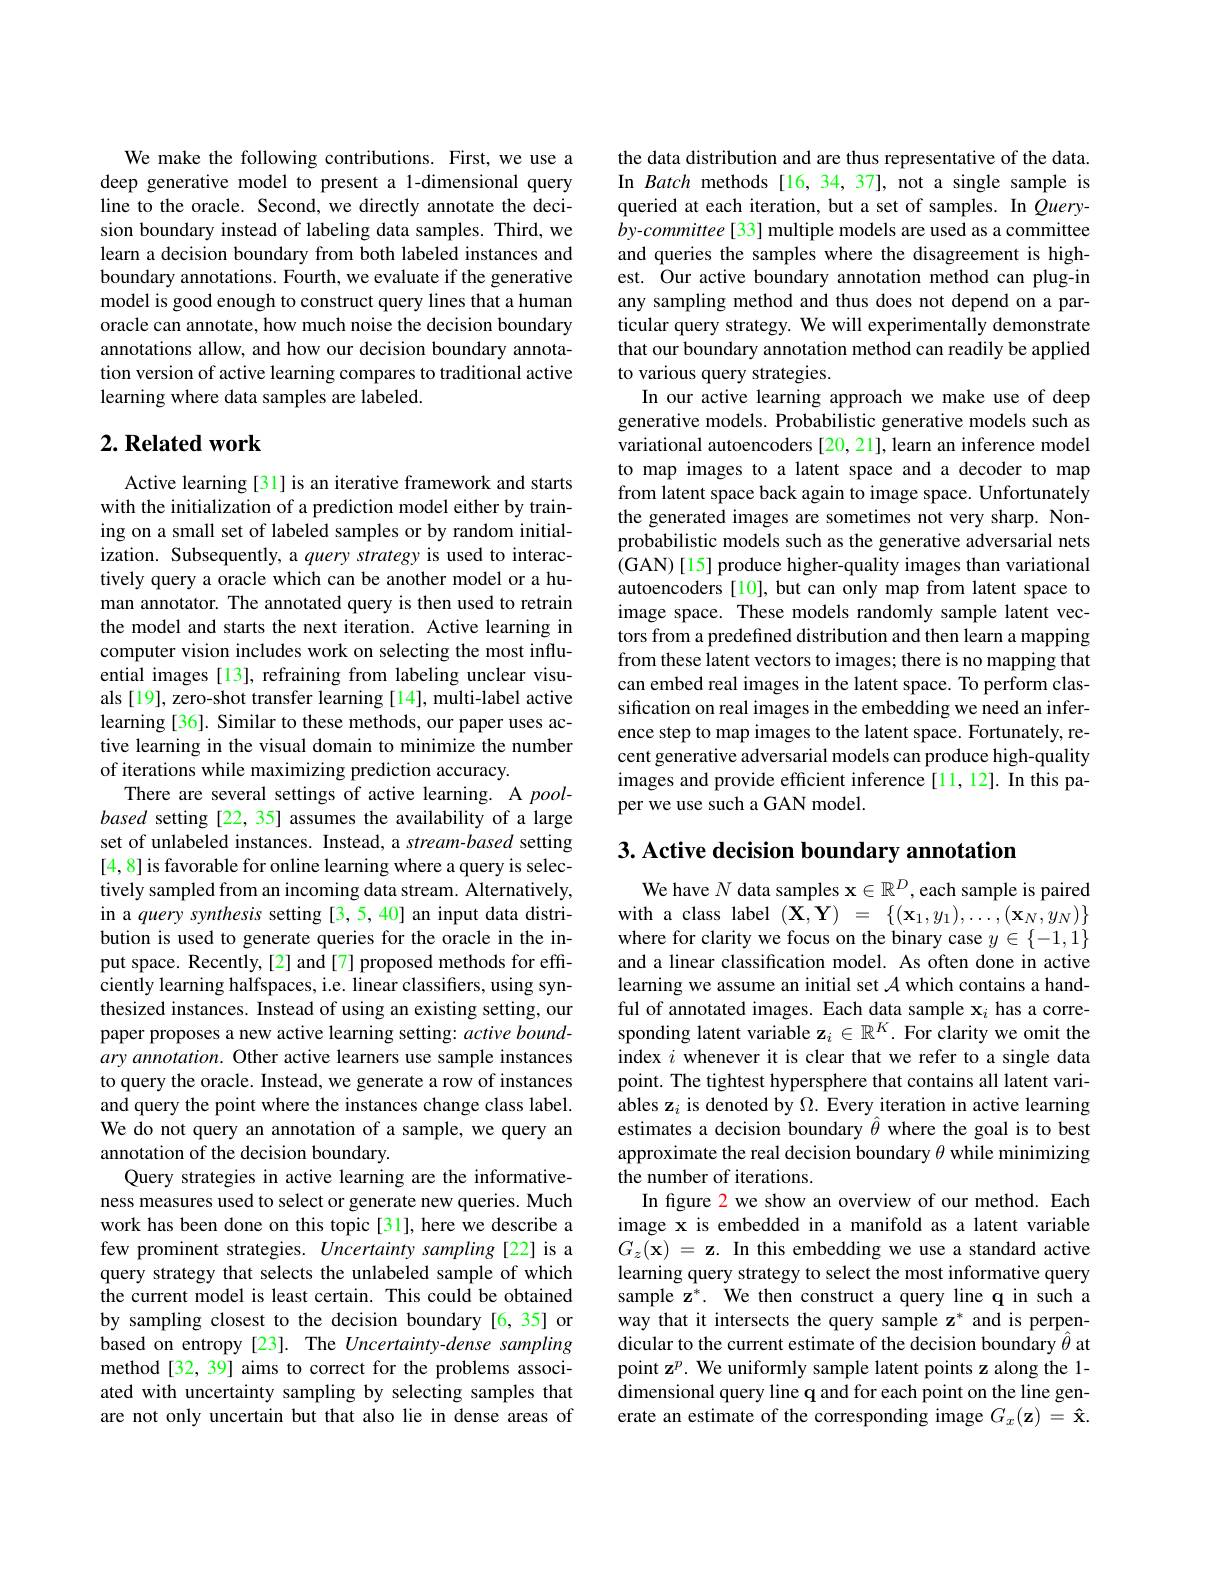
We make the following contributions. First, we use a deep generative model to present a 1-dimensional query line to the oracle. Second, we directly annotate the decision boundary instead of labeling data samples. Third, we learn a decision boundary from both labeled instances and boundary annotations. Fourth, we evaluate if the generative model is good enough to construct query lines that a human oracle can annotate, how much noise the decision boundary annotations allow, and how our decision boundary annotation version of active learning compares to traditional active learning where data samples are labeled.

## $2. \textbf{ Related work}$

Active learning [31] is an iterative framework and starts with the initialization of a prediction model either by training on a small set of labeled samples or by random initialization. Subsequently, a query strategy is used to interactively query a oracle which can be another model or a human annotator. The annotated query is then used to retrain the model and starts the next iteration. Active learning in computer vision includes work on selecting the most influential images [13], refraining from labeling unclear visuals [19], zero-shot transfer learning [14], multi-label active learning[36]. Similar to these methods, our paper uses active learning in the visual domain to minimize the number of iterations while maximizing prediction accuracy.
There are several settings of active learning. A poolbased setting [22, 35] assumes the availability of a large set of unlabeled instances. Instead, a stream-based setting [4,8] is favorable for online learning where a query is selectively sampled from an incoming data stream. Alternatively, in a query synthesis setting [3,5,40] an input data distribution is used to generate queries for the oracle in the input space. Recently,[2] and[7] proposed methods for effi- $\hat{\text{ciently learning halfspaces, i.e. linear classiffers, using syn-}}$ thesized instances. Instead of using an existing setting, our paper proposes a new active learning setting: active boundary annotation. Other active learners use sample instances to query the oracle. Instead, we generate a row of instances and query the point where the instances change class label. We do not query an annotation of a sample, we query an annotation of the decision boundary.
Query strategies in active learning are the informativeness measures used to select or generate new queries. Much work has been done on this topic[31], here we describe a few prominent strategies. Uncertainty sampling [22] is a query strategy that selects the unlabeled sample of which the current model is least certain. This could be obtained by sampling closest to the decision boundary [6,35] or based on entropy [23]. The Uncertainty-dense sampling method[32, 39] aims to correct for the problems associated with uncertainty sampling by selecting samples that are not only uncertain but that also lie in dense areas of

the data distribution and are thus representative of the data. In Batch methods[16,34,37], not a single sample is queried at each iteration, but a set of samples. In $Query-$ by-committee[33] multiple models are used as a committee and queries the samples where the disagreement is highest. Our active boundary annotation method can plug-in any sampling method and thus does not depend on a particular query strategy. We will experimentally demonstrate that our boundary annotation method can readily be applied to various query strategies.
In our active learning approach we make use of deep generative models. Probabilistic generative models such as variational autoencoders [20, 21], learn an inference model to map images to a latent space and a decoder to map from latent space back again to image space. Unfortunately the generated images are sometimes not very sharp. Nonprobabilistic models such as the generative adversarial nets (GAN)[15] produce higher-quality images than variational autoencoders [10], but can only map from latent space to image space. These models randomly sample latent vectors from a predefined distribution and then learn a mapping from these latent vectors to images; there is no mapping that can embed real images in the latent space. To perform classification on real images in the embedding we need an inference step to map images to the latent space. Fortunately, recent generative adversarial models can produce high-quality images and provide efficient inference [11,12]. In this paper we use such a GAN model.

$3. \textbf{ Active decision boundary annotation}$

We have $N$ data samples $\mathbf{x}\in\mathbb{R}^D$, each sample is paired with a class label $(\mathbf{X},\mathbf{Y})=\{(\mathbf{x}_{1},y_{1}),\ldots,(\mathbf{x}_{N},y_{N})\}$ where for clarity we focus on the binary case $y\in\{-1,1\}$ and a linear classification model. As often done in active learning we assume an initial set $\mathcal{A}$ which contains a handful of annotated images. Each data sample $\mathbf{x}_i$ has a corresponding latent variable $\mathbf{z}_i\in\mathbb{R}^K.$ For clarity we omit the index $i$ whenever it is clear that we refer to a single data point. The tightest hypersphere that contains all latent variables z$_i$ is denoted by $\Omega.$ Every iteration in active learning estimates a decision boundary $\hat{\theta}$ where the goal is to best approximate the real decision boundary $\theta$ while minimizing the number of iterations.
In figure 2 we show an overview of our method. Each image x is embedded in a manifold as a latent variable $G_{z}( \mathbf{x} )$ = $\mathbf{z} .$ In this embedding we use a standard active learning query strategy to select the most informative query sample z$^*.$ We then construct a query line q in such a way that it intersects the query sample z* and is perpendicular to the current estimate of the decision boundary $\hat{\theta}$ at point z$^p.$ We uniformly sample latent points z along the 1- dimensional query line q and for each point on the line generate an estimate of the corresponding image $G_x(\mathbf{z})=\mathbf{\hat{x}}.$